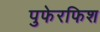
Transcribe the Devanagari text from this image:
पुफेरफिश